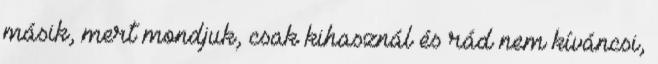
másik, mert mondjuk, csak kihasznál és rád nem kíváncsi,